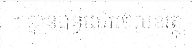
។ គ្មានពន្ធលើអចលនវត្ថុ